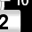
Digit: 2